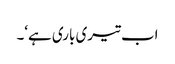
اب تیری باری ہے‘۔